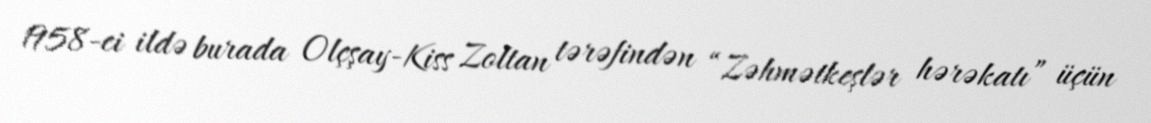
1958-ci ildə burada Olçşay-Kiss Zoltan tərəfindən “Zəhmətkeşlər hərəkatı” üçün